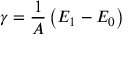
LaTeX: \gamma = { \frac { 1 } { A } } \left( E _ { 1 } - E _ { 0 } \right)